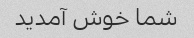
شما خوش آمدید